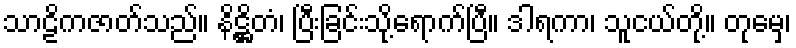
သာဠိကဇာတ်သည်။ နိဋ္ဌိတံ၊ ပြီးခြင်းသို့ရောက်ပြီ။ ဒါရကာ၊ သူငယ်တို့။ တုမှေ၊